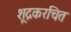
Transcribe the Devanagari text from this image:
शूद्रकरचित